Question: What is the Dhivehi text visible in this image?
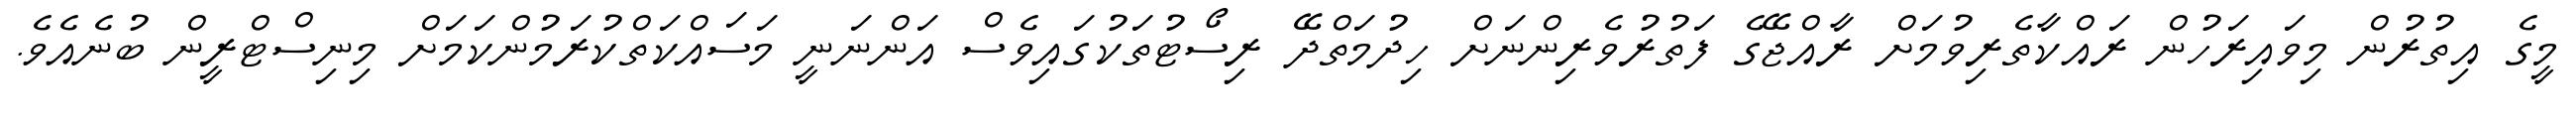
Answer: މީގެ އިތުރުން މިވައިރަހުން ރައްކާތެރިވުމަށް ރާއްޖޭގެ ފަތުރުވެރިންނަށް ހިދުމަތްދޭ ރިސޯޓުތަކުގައިވެސް އަންނަނީ މަސައްކަތްކުރަމުންކަމަށް މިނިސްޓްރީން ބުނެއެވެ.